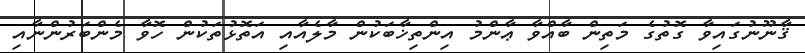
ޤާނޫނުގައިވާ ގޮތުގެ މަތިން ބާއްވާ ޢާންމު އިންތިޚާބަކުން މާލެއާއި އަތޮޅުތަކުން ހޮވާ މެންބަރުންނާއި